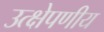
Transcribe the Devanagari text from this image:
उत्क्षेपणीय